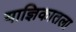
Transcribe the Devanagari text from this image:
याज्ञिकातला